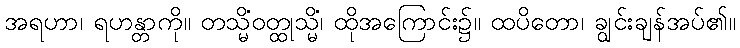
အရဟာ၊ ရဟန္တာကို။ တသ္မိံဝတ္ထုသ္မိံ၊ ထိုအကြောင်း၌။ ထပိတော၊ ချွင်းချန်အပ်၏။